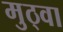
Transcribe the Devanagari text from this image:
मुठ्वा